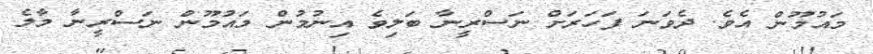
މައުމޫން އެވެ. ދެވަނަ ފަހަރަށް ނަސްރީނާ ބަލިވެ އިނުމުން މައުމޫން ނަސްރީނާ މާލެ